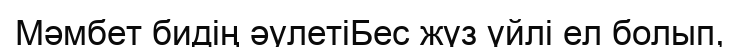
Мәмбет бидің әулетіБес жүз үйлі ел болып,